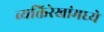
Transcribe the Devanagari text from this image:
व्यक्तिरेखांमध्ये